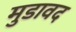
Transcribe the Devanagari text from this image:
मुडावद